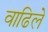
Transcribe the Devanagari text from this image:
वाढिले